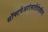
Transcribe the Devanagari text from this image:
सॉफ्टवेअरांसाठीदेखील